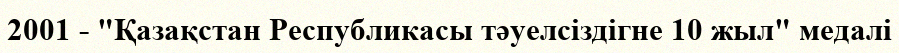
2001 - "Қазақстан Республикасы тәуелсіздігне 10 жыл" медалі